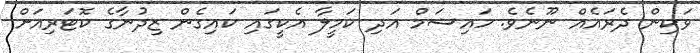
ވަކިން ދެރައެއް ނޫނެވެ. ހައިޝަމް އަދި ކަމީލާ އެކީގައި ކައިގެން ޒިދުނާގެ ކޮޓަރިއަށް